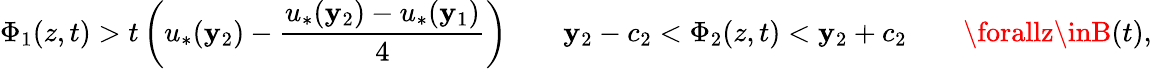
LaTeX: \Phi_{1}(z,t)>t\left(u_{*}(\mathbf{y}_{2})-\frac{{u_{*}(\mathbf{y}_{2})-u_{*}(\mathbf{y}_{1})}}{{4}}\right)\qquad\mathbf{y}_{2}-c_{2}<\Phi_{2}(z,t)<\mathbf{y}_{2}+c_{2}\qquad\forallz\inB(t),